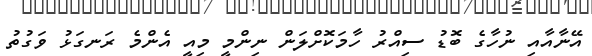
އޭނާއާއި ނުހާގެ ބޮޑު ސިއްރު ހާމަކޮށްލަން ނިންމީ މިއީ އެންމެ ރަނގަޅު ވަގުތު